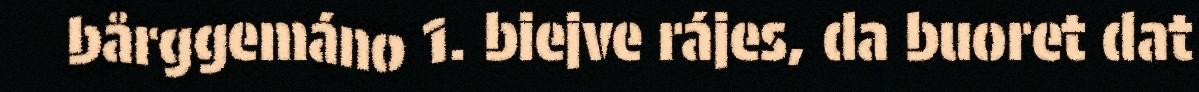
bårggemáno 1. biejve rájes, da buoret dat